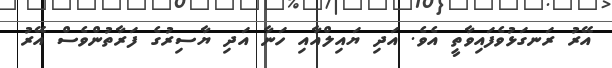
އޭރު ރަނގަޅުވެފައިވާތީ އެވެ. އަދި ޔައިލްއާއި ހަނާ އަދި ޔާސިރުގެ ފަރާތުންވެސް އޭރު